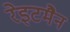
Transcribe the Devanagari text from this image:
रेइटमैन